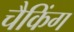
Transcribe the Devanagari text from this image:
चैकिंग